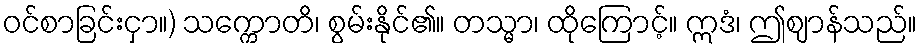
ဝင်စာခြင်းငှာ။) သက္ကောတိ၊ စွမ်းနိုင်၏။ တသ္မာ၊ ထိုကြောင့်။ ဣဒံ၊ ဤဈာန်သည်။